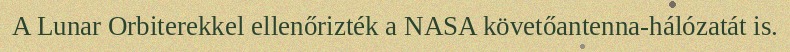
A Lunar Orbiterekkel ellenőrizték a NASA követőantenna-hálózatát is.